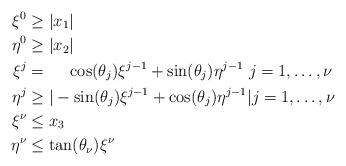
LaTeX: \begin{align*} \xi^0 &\ge |x_1| \\\eta^0 &\ge |x_2| \\\xi^j &= \ \ \ \ \cos (\theta_j) \xi^{j-1} + \sin (\theta_j) \eta^{j-1} \ j=1,\dots,\nu \\\eta^j &\ge |-\sin (\theta_j) \xi^{j-1} + \cos (\theta_j) \eta^{j-1}| j=1,\dots,\nu \\\xi^\nu & \le x_3 \\ \eta^\nu & \le \tan (\theta_\nu) \xi^\nu \end{align*}